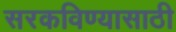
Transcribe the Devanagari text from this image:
सरकविण्यासाठी